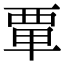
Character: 𫟛